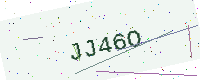
Text: JJ46O